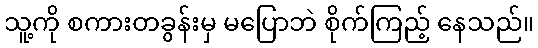
သူ့ကို စကားတခွန်းမှ မပြောဘဲ စိုက်ကြည့် နေသည်။